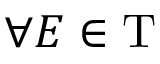
\forall E \in \mathrm { T }